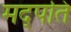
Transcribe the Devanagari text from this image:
मद्पति